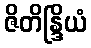
ဇိတိန္ဒြိယံ